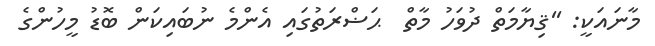
މާނައަކީ: ''ޤިޔާމަތް ދުވަހު މާތް  ޙަޟްރަތުގައި އެންމެ ނުބައިކަން ބޮޑު މީހުންގެ